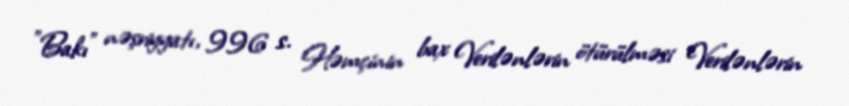
"Bakı" nəşriyyatı, 996 s. Həmçinin bax Verilənlərin ötürülməsi Verilənlərin